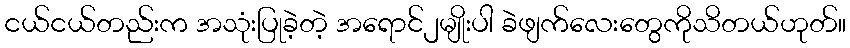
ငယ်ငယ်တည်းက အသုံးပြုခဲ့တဲ့ အရောင်၂မျိုးပါ ခဲဖျက်လေးတွေကိုသိတယ်ဟုတ်။